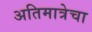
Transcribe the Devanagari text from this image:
अतिमात्रेचा